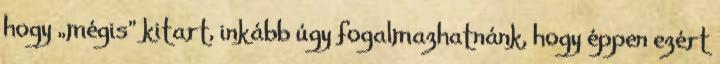
hogy „mégis” kitart, inkább úgy fogalmazhatnánk, hogy éppen ezért